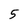
Character: 5